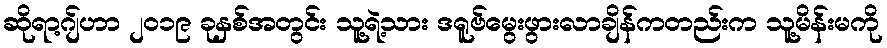
ဆိုရာ့ဂျ်ဟာ ၂၀၁၉ ခုနှစ်အတွင်း သူ့ရဲ့သား ဒရူဗ်မွေးဖွားလာချိန်ကတည်းက သူ့မိန်းမကို